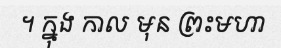
។ ក្នុង កាល មុន ព្រះមហា